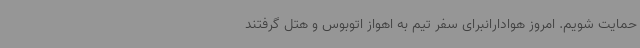
حمایت شویم. امروز هوادارانبرای سفر تیم به اهواز اتوبوس و هتل گرفتند